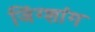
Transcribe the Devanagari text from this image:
जिंग्शांग